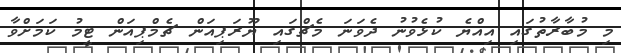
މި މުބާރާތުގައި އިއްޔެ ކުޅެވުނު ދެވަނަ މެޗްގައި ޔޫރަޕިއަން ޗެމްޕިއަން ޓީމު ކަމަށްވާ